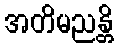
အတိမညန္တိ